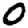
Digit: 0